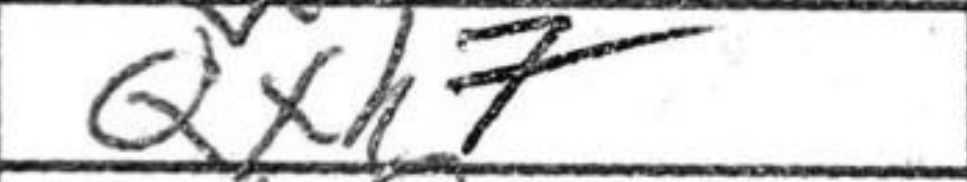
Transcription: Qxh7